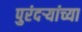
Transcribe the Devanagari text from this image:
पुरंदऱ्यांच्या